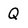
Character: Q